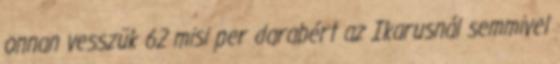
onnan vesszük 62 misi per darabért az Ikarusnál semmivel